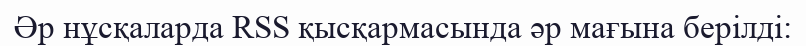
Әр нұсқаларда RSS қысқармасында әр мағына берілді: